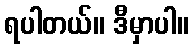
ရပါတယ်။ ဒီမှာပါ။